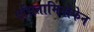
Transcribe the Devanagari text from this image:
एसितामिनोफेन